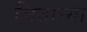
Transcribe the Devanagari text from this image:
चित्ताच्या